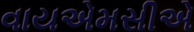
વાયએમસીએ